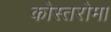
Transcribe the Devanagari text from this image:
कोस्तरोमा